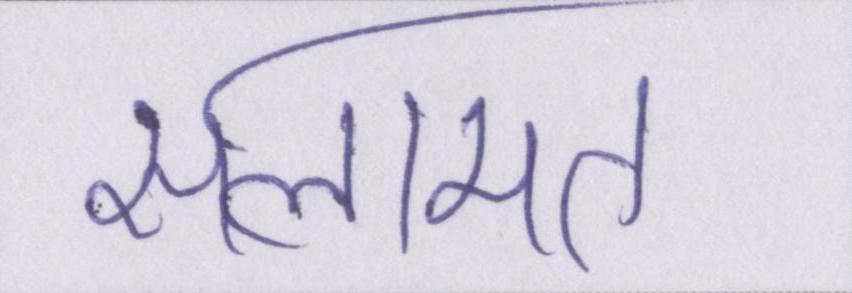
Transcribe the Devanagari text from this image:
सलामत